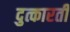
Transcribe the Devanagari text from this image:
दुत्कारती